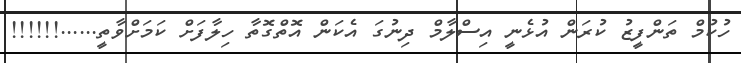
ހުކުމް ތަންފީޒު ކުރަން އުޅެނީ އިސްލާމް ދިނުގަ އެކަން އޮތްގޮތާ ހިލާފަށް ކަމަށްވާތީ......!!!!!!